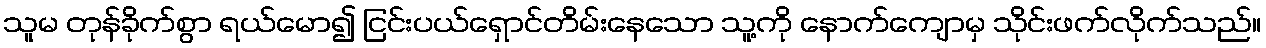
သူမ တုန်ခိုက်စွာ ရယ်မော၍ ငြင်းပယ်ရှောင်တိမ်းနေသော သူ့ကို နောက်ကျောမှ သိုင်းဖက်လိုက်သည်။